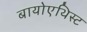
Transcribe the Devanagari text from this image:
बायोएथिस्ट